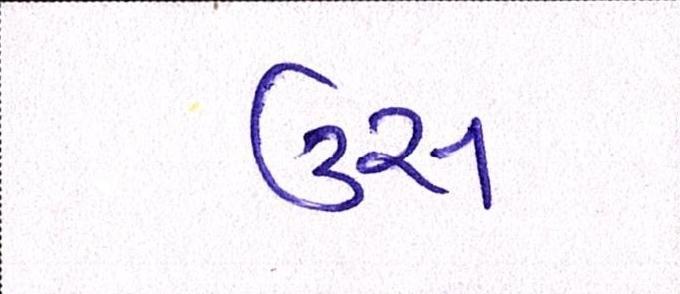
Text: ઉસ